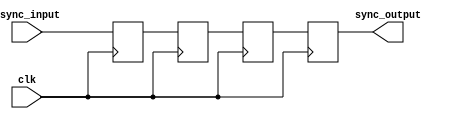
module synchronizer (
  input wire clk,
  input wire async_input,
  output reg sync_output
);

reg [1:0] stage1, stage2, stage3;

always @(posedge clk) begin
  stage1 <= async_input;
  stage2 <= stage1;
  stage3 <= stage2;
end

always @(posedge clk) begin
  sync_output <= stage3;
end

endmodule